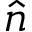
\hat { n }